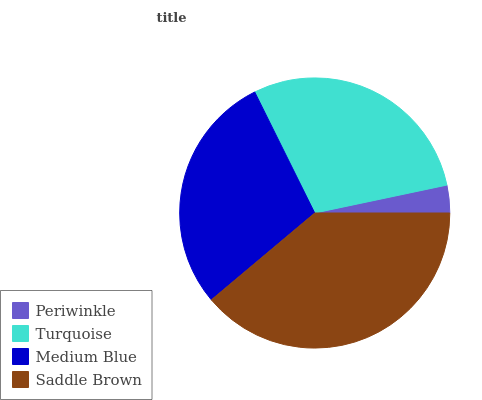
| Periwinkle | Turquoise | Medium Blue | Saddle Brown |
 | --- | --- | --- | --- |
 | 3.31% | 29% | 28.8% | 38.9% |